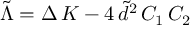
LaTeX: \tilde { \Lambda } = \Delta \, K - 4 \, \tilde { d } ^ { 2 } \, C _ { 1 } \, C _ { 2 }